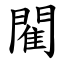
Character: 閵